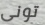
تونى